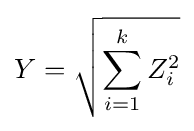
Y={\sqrt {\sum _{i=1}^{k}Z_{i}^{2}}}